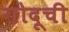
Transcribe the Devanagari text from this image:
गोदूची